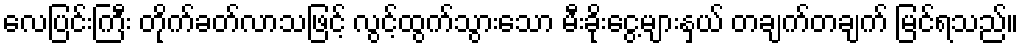
လေပြင်းကြီး တိုက်ခတ်လာသဖြင့် လွင့်ထွက်သွားသော မီးခိုးငွေ့များနှယ် တချက်တချက် မြင်ရသည်။